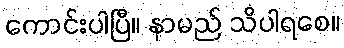
ကောင်းပါပြီ။ နာမည် သိပါရစေ။